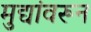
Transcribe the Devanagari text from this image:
मुद्यांवरून